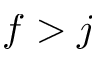
f > j